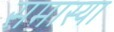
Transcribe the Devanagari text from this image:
समास्या